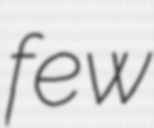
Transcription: few